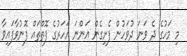
މި މަހުގެ ދެ ވަނަ ދުވަހުން ފެށިގެން އަންނަ އަހަރުގެ ފޮތްތައް ފޮނުވާފައިވާ